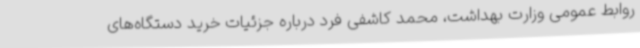
روابط عمومی وزارت بهداشت، محمد کاشفی فرد درباره جزئیات خرید دستگاه‌های